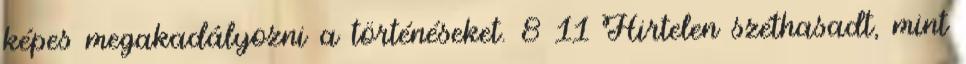
képes megakadályozni a történéseket. 8 11 Hirtelen széthasadt, mint